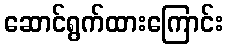
ဆောင်ရွက်ထားကြောင်း